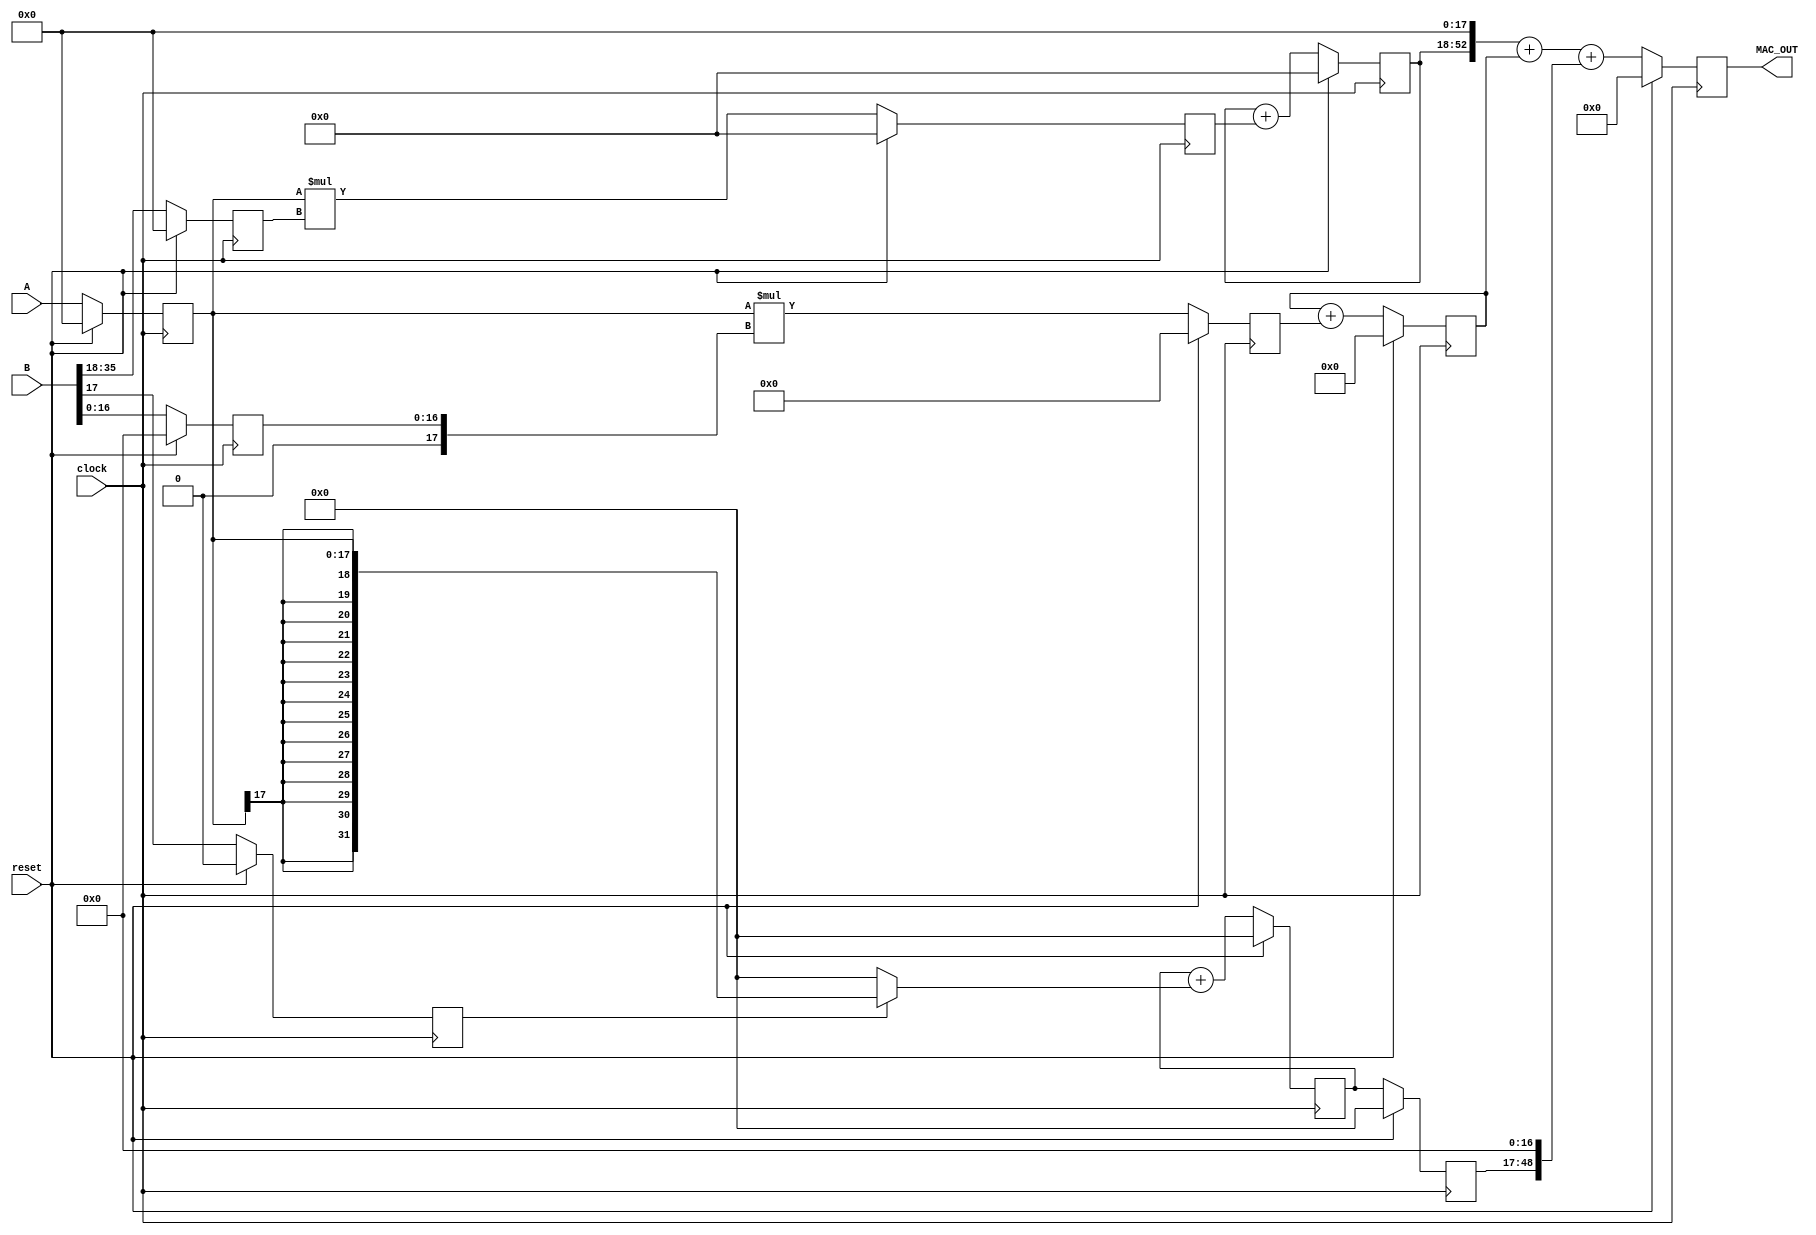
`timescale 1ns/1ps

module FIR_MAC18x36 (
               clock,
               reset,
			   A,   
			   B,     
			   MAC_OUT
		       );
			   
input clock, reset;
input signed  [17:0] A;
input signed  [35:0] B;

output signed [52:0] MAC_OUT;

reg  signed [17:0] rA;
reg  signed [16:0] rBl;
reg  signed [17:0] rBh; 

// The 17th bit of operand B
reg  rBl17;

reg  signed [52:0] MAC_OUT;

reg  signed [35:0] mul_low;
reg  signed [35:0] mul_high;

reg     signed [49:0] MAC_OUT_low0;
reg     signed [34:0] MAC_OUT_high0;

reg signed [31:0] mul_mid;

wire signed [17:0] Bh;
wire signed [16:0] Bl;

reg signed [31:0] mul_mid0, mul_mid1;

assign Bl = B[16:0];
assign Bl17 = B[17]; // The 17th bit
assign Bh = B[35:18];

initial
begin
  mul_high = 36'd0;
  MAC_OUT_high0 = 53'd0;
  mul_low = 36'd0;
  MAC_OUT_low0 = 53'd0;
  mul_mid = 32'd0;
  mul_mid0 = 32'd0;
  
  rA   = 18'd0;

  rBl  = 17'd0;
  rBh  = 18'd0;  
  
  rBl17 = 1'b0;
	 
end
// Multiply A with the low part of B
// Note that A is signed but the low part of B is unsigned
// Accumulate in MAC_OUT_low0
always @(posedge clock)
begin
  if ( reset )
  begin
    rA   <= 18'd0;

	 rBl  <= 17'd0;
	 rBl17 <= 1'b0;
	 
	 rBh  <= 18'd0;
	 
	 mul_low <= 36'd0;
    MAC_OUT_low0 <= 53'd0;
  end
  else
  begin
    rA   <= A;
	 
	 rBl  <= Bl;
	 
	 rBl17 <= Bl17;
	 
	 rBh  <= Bh;
	 
     mul_low  <= rA * $signed({1'b0,rBl}); // A small trick to mix signed and unsigned operands
    // mul_low  <= rA * rBl;
	 MAC_OUT_low0  <= MAC_OUT_low0  + mul_low;
  end
end

// Multiply A with the high part of B
// Accumulate in MAC_OUT_high0
always @(posedge clock)
begin
  if ( reset )
  begin
	mul_high <= 36'd0;
    MAC_OUT_high0 <= 58'd0;
  end
  else
  begin
	 mul_high <= rA * rBh;
	 MAC_OUT_high0 <= MAC_OUT_high0 + mul_high;
  end
end


// Accumulate the weight of the missing bit
// 
always @(posedge clock)
begin
  if ( reset )
  begin
	 mul_mid <= 32'd0;
	 mul_mid0 <= 32'd0;
  end
  else
  begin
    mul_mid <= mul_mid + ( rBl17 ? rA : 0 );
	mul_mid0 <= mul_mid;
  end
end

wire signed [52:0] p1, p2 ,p3;
assign p1 = (MAC_OUT_high0 << 18) ; // High part
assign p2 = MAC_OUT_low0;           // Low part
assign p3 = mul_mid0 << 17 ;        // the contribution of the 17th bit of B

always @(posedge clock)
begin
  if ( reset )
  begin
    MAC_OUT <= 53'd0;
  end
  else
  begin
     MAC_OUT <= p1 + p2 + p3;
  end
end


endmodule